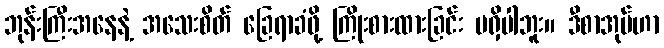
ဘုန်းကြီးအနေနဲ့ အသေးစိတ် ခြေရာခံဖို့ ကြိုးစားထားခြင်း မရှိပါဘူး။ ဒီစာအုပ်ဟာ